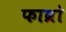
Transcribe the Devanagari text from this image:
फाब्रो